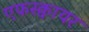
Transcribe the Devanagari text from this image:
एफस्क्वायर